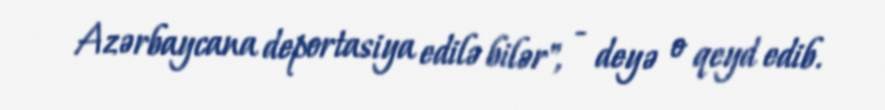
Azərbaycana deportasiya edilə bilər", - deyə o qeyd edib.